Annual administration report of the Civil Veterinary Department of India - 1892-1893
Year: 1892
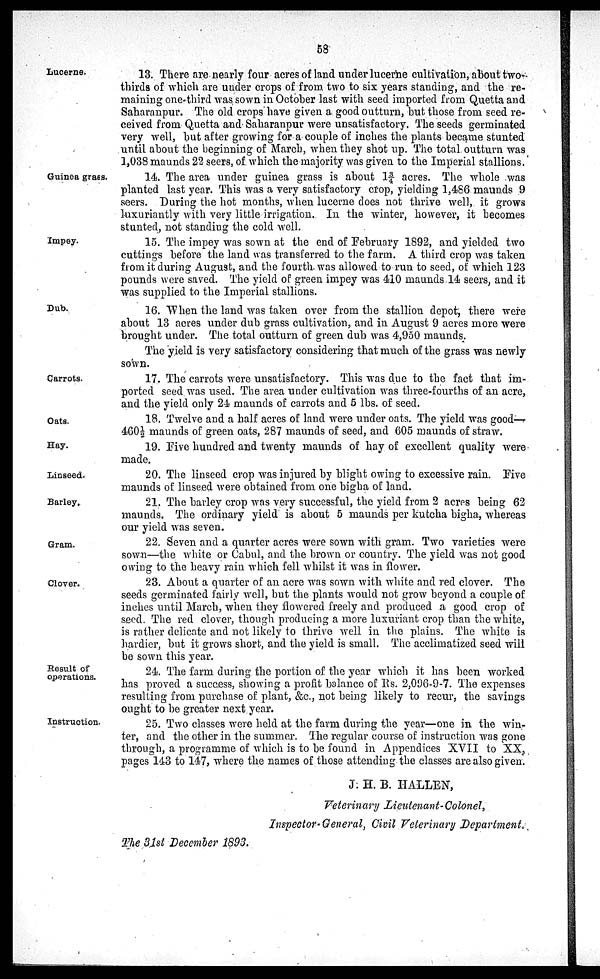
58
Lucerne.
13. There are nearly four acres of land under lucerne cultivation, about two-
thirds of which are under crops of from two to six years standing, and the re-
maining one-third was sown in October last with seed imported from Quetta and
Saharanpur. The old crops have given a good outturn, but those from seed re-
ceived from Quetta and Saharanpur were unsatisfactory. The seeds germinated
very well, but after growing for a couple of inches the plants became stunted
until about the beginning of March, when they shot up. The total outturn was
1,038 maunds 22 seers, of. which the majority was given to the Imperial stallions.
Guinea grass.
14. The area under guinea grass is about 1¾ acres. The whole was
planted last year. This was a very satisfactory crop, yielding 1,486 maunds 9
seers. During the hot months, when lucerne does not thrive well, it grows
luxuriantly with very little irrigation. In the winter, however, it becomes
stunted, not standing the cold well.
Impey.
15. The impey was sown at the end of February 1892, and yielded two
cuttings before the land was transferred to the farm. A third crop was taken
from it during August, and the fourth was allowed to run to seed, of which 123
pounds were saved. The yield of green impey was 410 maunds 14 seers, and it
was supplied to the Imperial stallions.
Dub.
16. When the land was taken over from the stallion depot, there were
about 13 acres under dub grass cultivation, and in August 9 acres more were
brought under. The total outturn of green dub was 4,950 maunds.
The yield is very satisfactory considering that much of the grass was newly
sown.
Carrots.
17. The carrots were unsatisfactory. This was due to the fact that im-
ported seed was used. The area under cultivation was three-fourths of an acre,
and the yield only 24 maunds of carrots and 5 lbs. of seed.
Oats.
18. Twelve and a half acres of land were under oats. The yield was good—
460½ maunds of green oats, 287 maunds of seed, and 605 maunds of straw.
Hay.
19. Five hundred and twenty maunds of hay of excellent quality were
made.
Linseed.
20. The linseed crop was injured by blight owing to excessive rain. Five
maunds of linseed were obtained from one bigha of land.
Barley.
21. The barley crop was very successful, the yield from 2 acres being 62
maunds. The ordinary yield is about 5 maunds per kutcha bigha, whereas
our yield was seven.
Gram.
22. Seven and a quarter acres were sown with gram. Two varieties were
sown—the white or Cabul, and the brown or country. The yield was not good
owing to the heavy rain which fell whilst it was in flower.
Clover.
23. About a quarter of an acre was sown with white and red clover. The
seeds germinated fairly well, but the plants would not grow beyond a couple of
inches until March, when they flowered freely and produced a good crop of
seed. The red clover, though producing a more luxuriant crop than the white,
is rather delicate and not likely to thrive well in the plains. The white is
hardier, but it grows short, and the yield is small. The acclimatized seed will
be sown this year.
Result of
operations.
24. The farm during the portion of the year which it has been worked
has proved a success, showing a profit balance of Rs. 2,096-9-7. The expenses
resulting from purchase of plant, &c., not being likely to recur, the savings
ought to be greater next year.
Instruction.
25. Two classes were held at the farm during the year—one in. the win-
ter, and the other in the summer. The regular course of instruction was gone
through, a programme of which is to be found in Appendices XVII to XX,
pages 143 to 147, where the names of those attending the classes are also given.
J. H. B. HALLEN,
Veterinary Lieutenant-Colonel,
Inspector-General, Civil Veterinary Department.
The 31st December 1893.